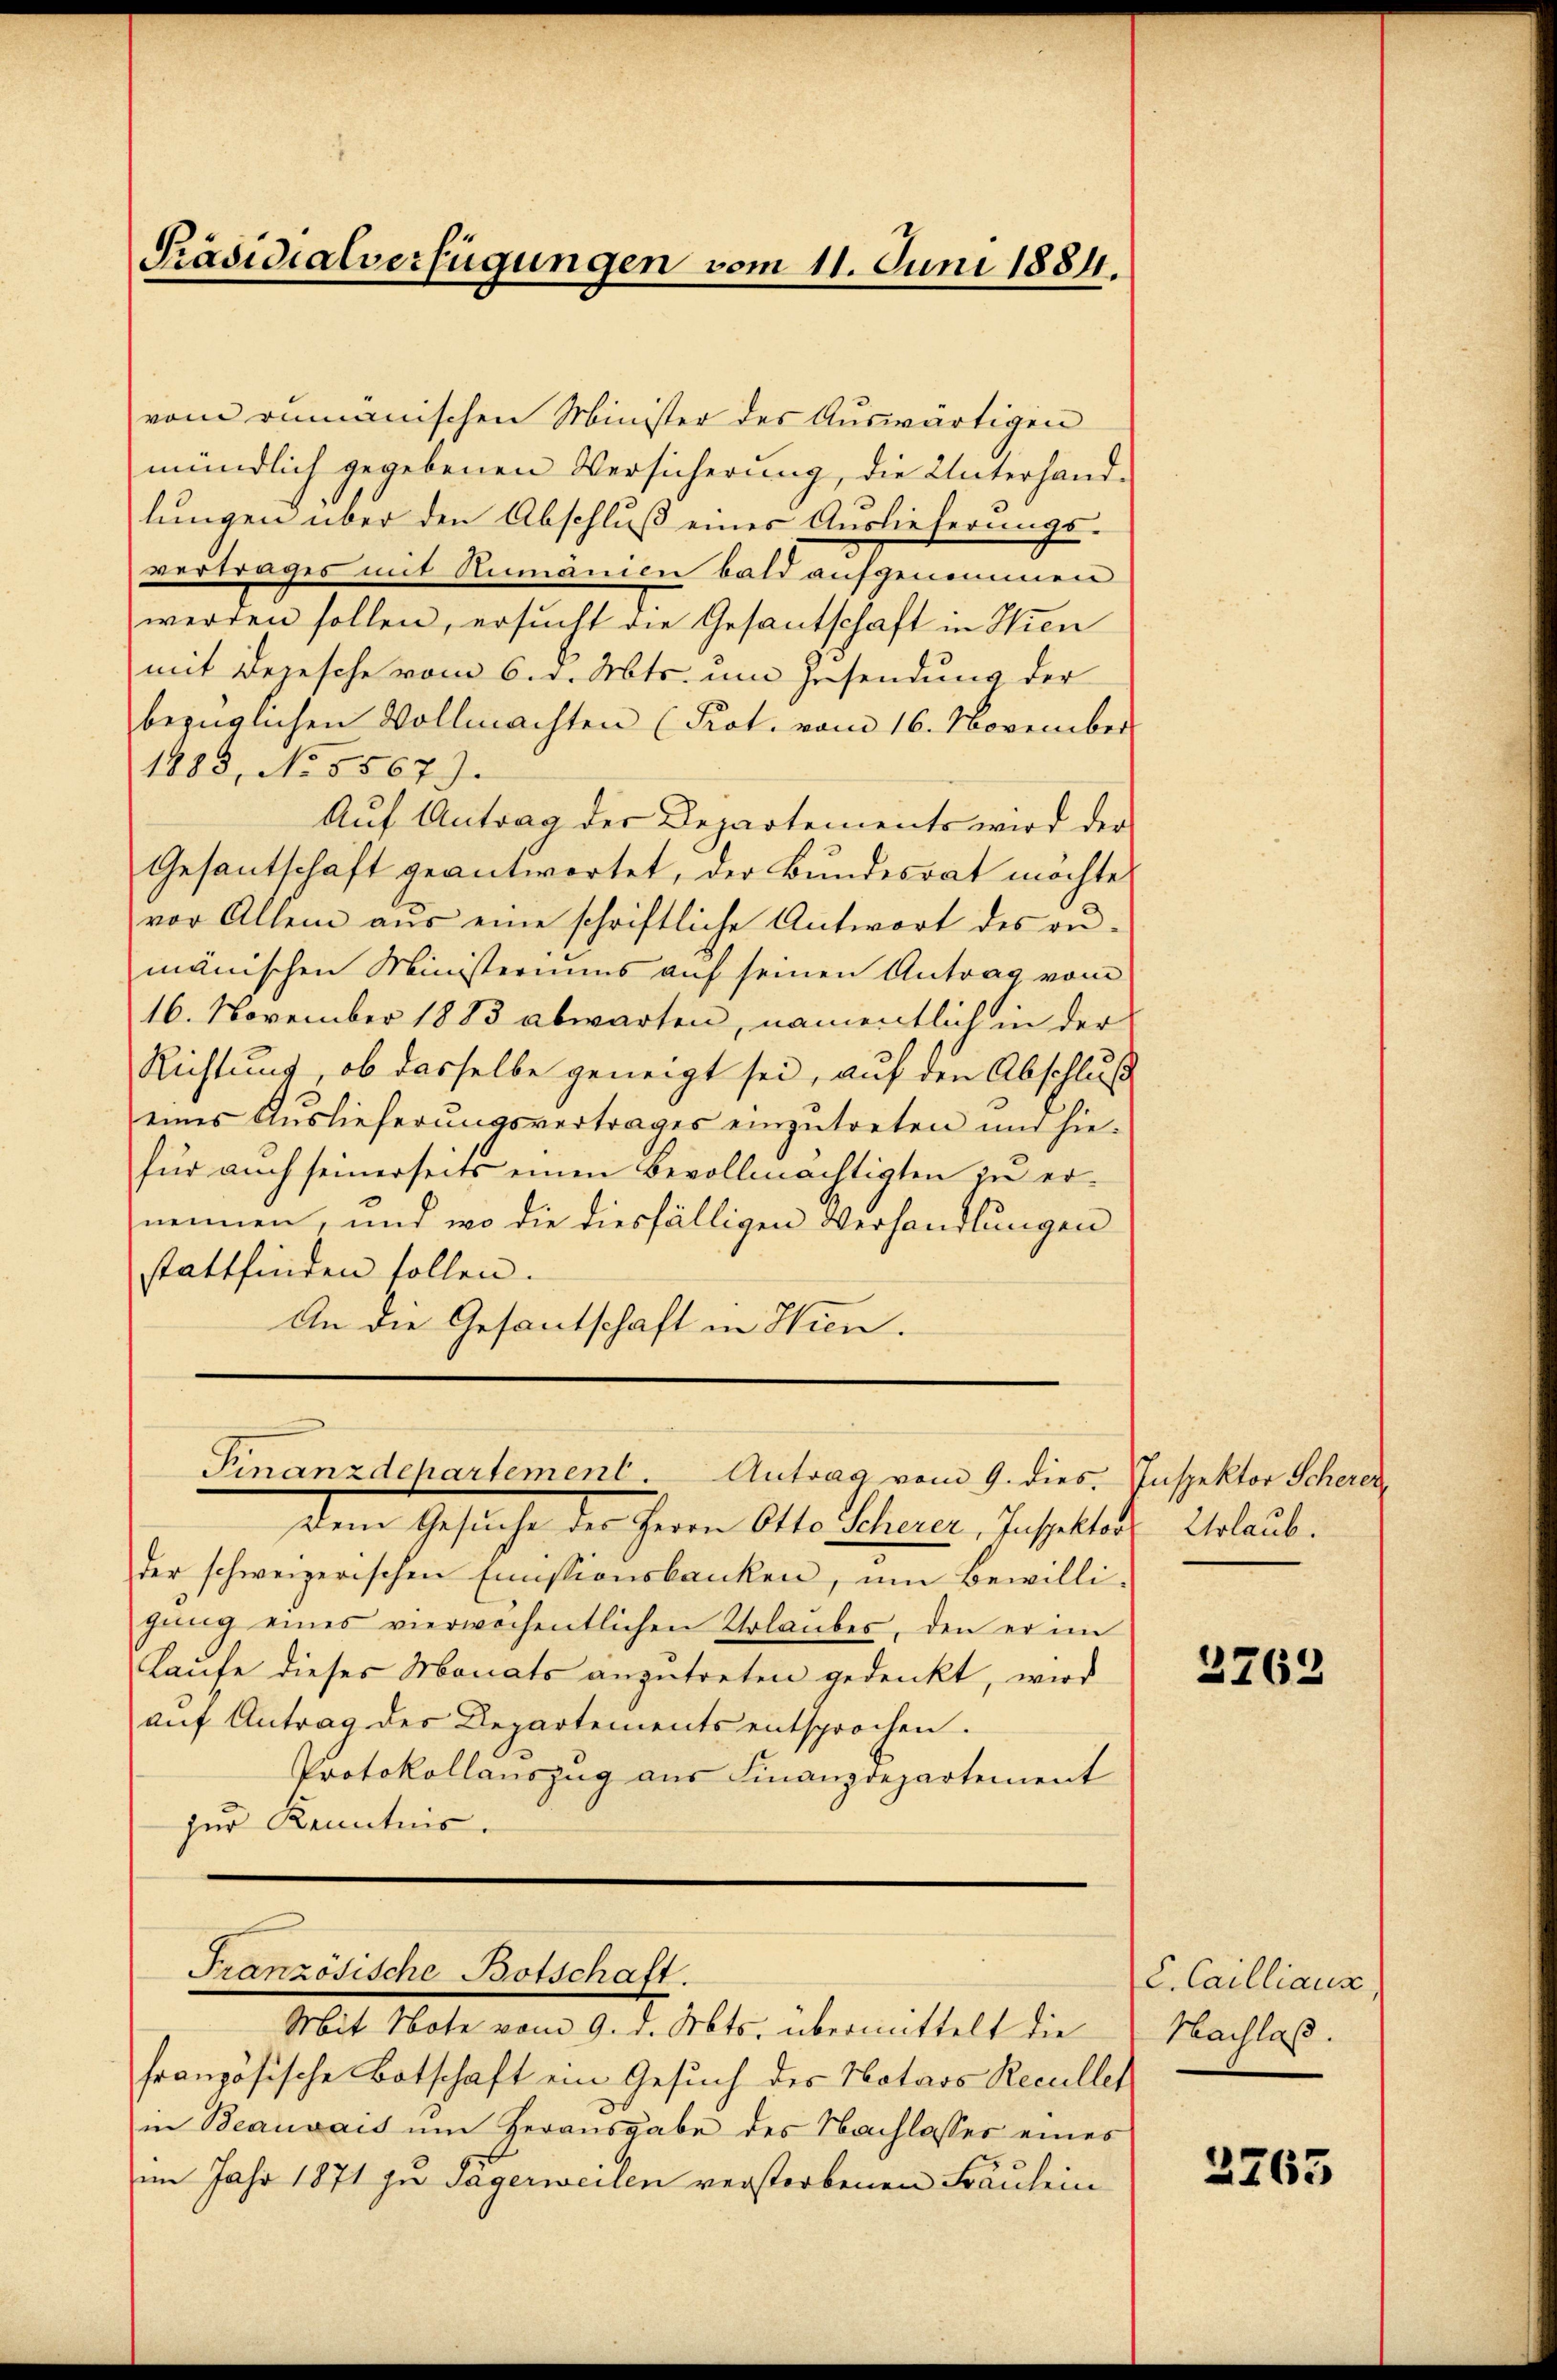
Präsidialverfügungen vom 11. Juni 1884.

vom rumänischen Minister des Auswärtigen
mündlich gegebenen Versicherung, die Unterhand-
lungen über den Abschluß eines Auslieferungsvertrages mit Rumänien bald aufgenommen
werden sollen, ersucht die Gesantschaft in Wien
mit Depesche vom 6. d. Mts. um Zusendung der
bezüglichen Vollmachten (Kot. vom 16. November
1883, No. 5567).
Auf Antrag der Departements wird der
Gesantschaft geantwortet, der Bundesrat möchte
vor Allem aŭs eine schriftliche Antwort des an.
mänischen Ministeriums auf seinen Antrag vom
16. November 1883 abwarten, namentlich in der
Richtung, ob dasselbe geneigt sei, auf den Abschluß
eines Auslieferungsvertrages einzŭtreten und hie-
für auch seinerseits einen Bevollmächtigten zu ernennen, und wo die diesfälligen Verhandlungen
stattfinden sollen.
An die Gesantschaft in Hien.

dem Gesuche der Herrn Als Lehrerer, dieselle Erlaub.
der schweizerischen Emissionsbanken, um Bewilli-
gŭng eines vierwechentlichen Urlaŭbes, den er im
Laufe dieses Monats anzutreten gedenkt, wird
auf Antrag des Departements entsprochen.
Protokollauszug aus Finanzdepartement
zur Kenntnis.

Finanzdepartement. Antrag vom 9. dies

Mit Note vom 9. d. Mts. übermittelt die
französische Botschaft ein Gesuch des Notars Recullet
in Beauvais ŭm Herausgabe des Nachlasses eines
im Jahr 1871 in Tägerweilen verstorbenen Fräulein

Französische Botschaft.

Inspektor Scherer

2762

L. Cailliaus,
Nachlaß.

2265